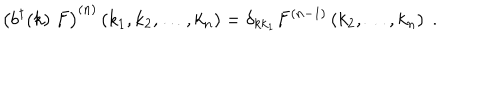
\left( b ^ { \dagger } ( k ) \; F \right) ^ { ( n ) } \left( k _ { 1 } , k _ { 2 } , \ldots , k _ { n } \right) = \delta _ { k k _ { 1 } } F ^ { ( n - 1 ) } \left( k _ { 2 } , \ldots , k _ { n } \right) \; .